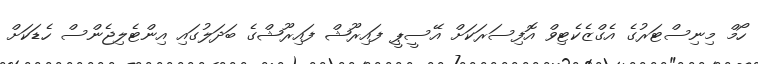
ހޯމް މިނިސްޓަރުގެ އެގްޒެކެޓިވް އޮފިސަރަކަށް އޭސީޕީ ފައިރޫޝް ފައިރޫޝްގެ ބަދަލުގައި އިންޓެލިޖެންސް ހެޑަކަށް